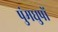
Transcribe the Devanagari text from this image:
पुंमधुपों